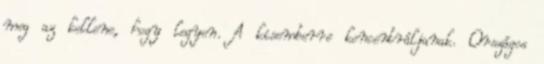
meg az kellene, hogy legyen. A kisemberre koncentráljanak. Országos